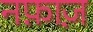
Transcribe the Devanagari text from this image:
नफ़ाज़